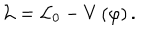
LaTeX: \mathcal { L = L } _ { 0 } - V \left( \varphi \right) .